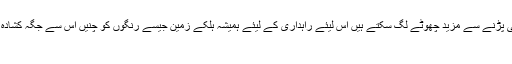
گہرے رنگ روشنی پڑنے سے مزید چھوٹے لگ سکتے ہیں اس لیئے راہداری کے لیئے ہمیشہ ہلکے زمین جیسے رنگوں کو چنیں اس سے جگہ کشادہ اور کھلی لگے گی
۳۔